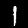
Digit: 1